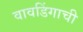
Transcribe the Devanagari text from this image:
वावडिंगाची